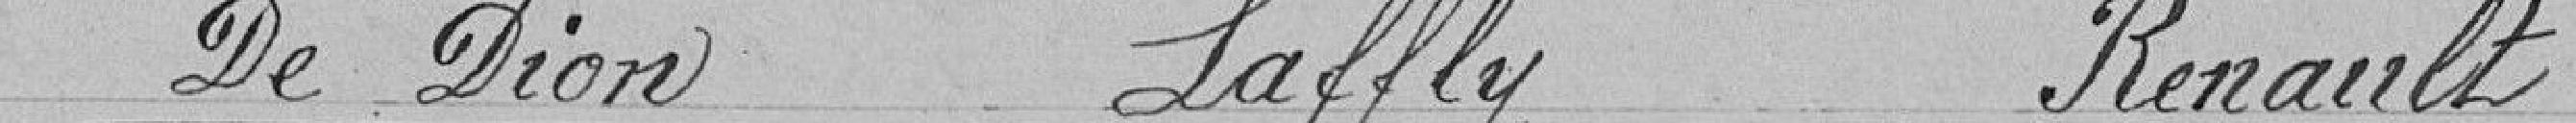
De Dion Laffy Renault